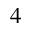
4